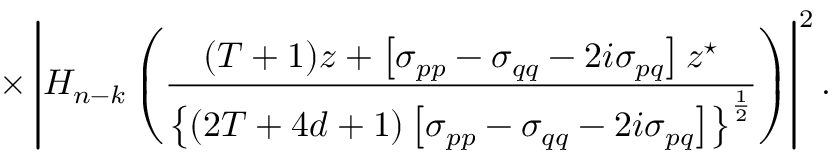
\times \left| H _ { n - k } \left( \frac { ( T + 1 ) z + \left[ \sigma _ { p p } - \sigma _ { q q } - 2 i \sigma _ { p q } \right] z ^ { \star } } { \left\{ ( 2 T + 4 d + 1 ) \left[ \sigma _ { p p } - \sigma _ { q q } - 2 i \sigma _ { p q } \right] \right\} ^ { \frac 1 2 } } \right) \right| ^ { 2 } .